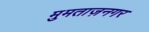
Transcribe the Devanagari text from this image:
मुमताज़नगर